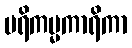
ပရိကမ္မကာရိကာ